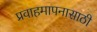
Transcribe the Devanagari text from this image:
प्रवाहमापनासाठी